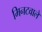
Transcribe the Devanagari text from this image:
मिनटवाले